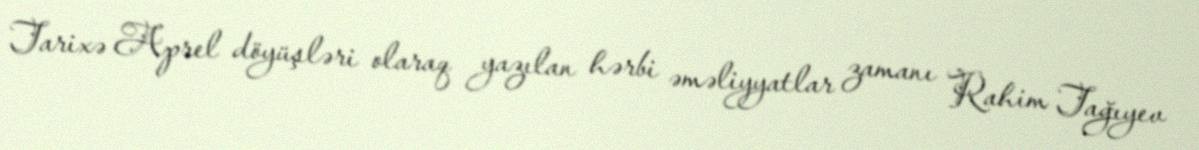
Tarixə Aprel döyüşləri olaraq yazılan hərbi əməliyyatlar zamanı Rahim Tağıyev